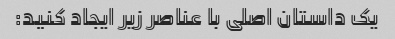
یک داستان اصلی با عناصر زیر ایجاد کنید: